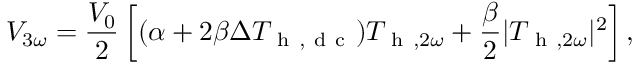
V _ { 3 \omega } = \frac { V _ { 0 } } { 2 } \left[ ( \alpha + 2 \beta \Delta T _ { \mathrm { ~ h ~ , ~ d ~ c ~ } } ) T _ { \mathrm { ~ h ~ } , 2 \omega } + \frac { \beta } { 2 } | T _ { \mathrm { ~ h ~ } , 2 \omega } | ^ { 2 } \right] { , }